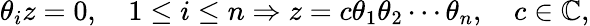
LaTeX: \theta_{i}z=0,\quad 1\leq i\leq n\Rightarrow z=c\theta_{1}\theta_{2}\cdots\theta_{n},\quad c\in\mathbb{C},